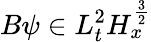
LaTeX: B\psi\in L_{t}^{2}H_{x}^{\frac{3}{2}}